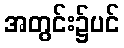
အတွင်း၌ပင်